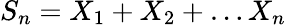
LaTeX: S_{n}=X_{1}+X_{2}+\dots X_{n}